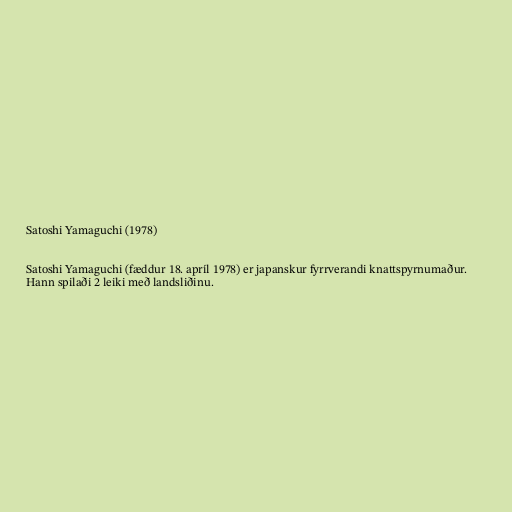
Satoshi Yamaguchi (1978)

Satoshi Yamaguchi (fæddur 18. apríl 1978) er japanskur fyrrverandi knattspyrnumaður.
Hann spilaði 2 leiki með landsliðinu.